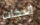
النكات